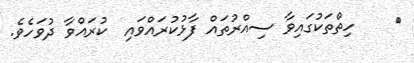
٩    ހިތްތަކުގައިވާ ސިއްރުތައް ފާޅުކުރައްވައި  ކުރައްވާ ދުވަހެވެ.